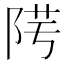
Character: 𨹯